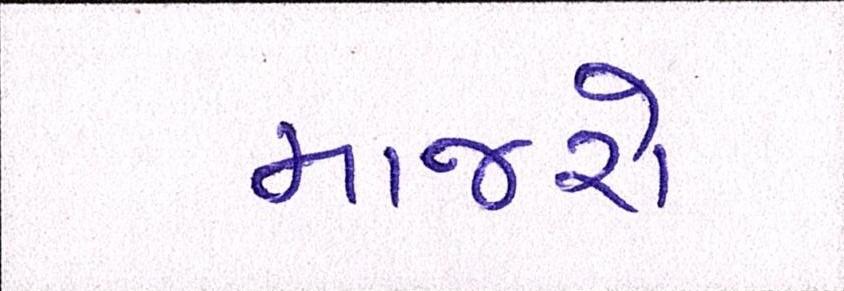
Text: માજરો